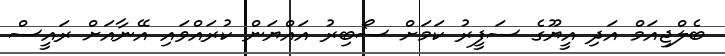
ބެލްޖިއަމް އަދި އީޔޫގެ ސަފީރު ކަމަށް ސޯބިރު އައްޔަން ކުރައްވައި އޭނާއަށް ރައީސް